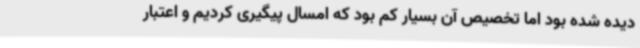
دیده شده بود اما تخصیص آن بسیار کم بود که امسال پیگیری کردیم و اعتبار